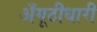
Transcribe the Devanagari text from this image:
अँगूठीधारी